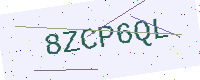
Text: 8ZCP6QL